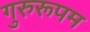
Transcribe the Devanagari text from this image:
गुरुरूपम